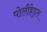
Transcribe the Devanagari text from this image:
पोलीहेड्रल